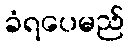
ခံရပေမည်